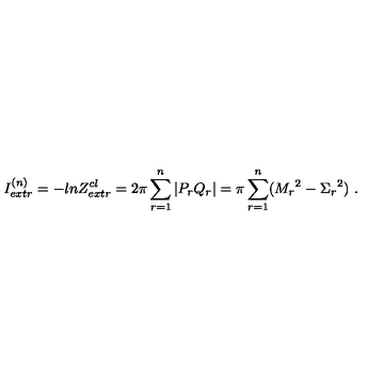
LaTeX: I _ { e x t r } ^ { ( n ) } = - l n Z _ { e x t r } ^ { c l } = 2 \pi \sum _ { r = 1 } ^ { n } | P _ { r } Q _ { r } | = \pi \sum _ { r = 1 } ^ { n } ( { M _ { r } } ^ { 2 } - { \Sigma _ { r } } ^ { 2 } ) \ .